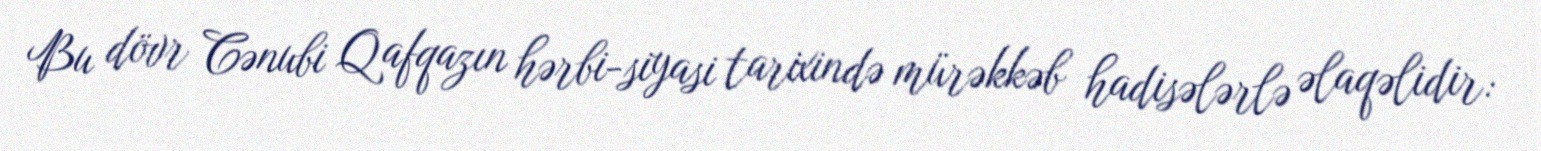
Bu dövr Cənubi Qafqazın hərbi-siyasi tarixində mürəkkəb hadisələrlə əlaqəlidir: